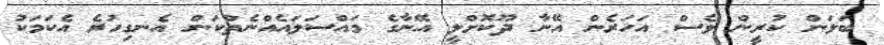
ބަލަން ކުރީން ވެސް އަހަރެން އޭނާ ދޫކޮށްލީ އޭނާގެ މައްސަލައެއްނެތްކަން އެނގިހުރެ އެކަމަކު